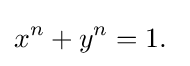
x^{n}+y^{n}=1.\